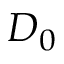
D _ { 0 }